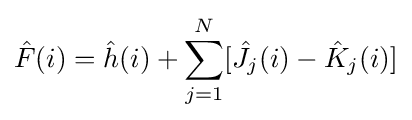
{\hat {F}}(i)={\hat {h}}(i)+\sum _{j=1}^{N}[{\hat {J}}_{j}(i)-{\hat {K}}_{j}(i)]